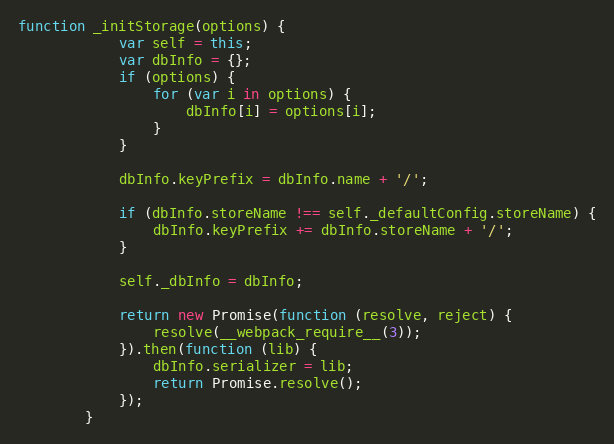
Language: JavaScript
function _initStorage(options) {
	        var self = this;
	        var dbInfo = {};
	        if (options) {
	            for (var i in options) {
	                dbInfo[i] = options[i];
	            }
	        }

	        dbInfo.keyPrefix = dbInfo.name + '/';

	        if (dbInfo.storeName !== self._defaultConfig.storeName) {
	            dbInfo.keyPrefix += dbInfo.storeName + '/';
	        }

	        self._dbInfo = dbInfo;

	        return new Promise(function (resolve, reject) {
	            resolve(__webpack_require__(3));
	        }).then(function (lib) {
	            dbInfo.serializer = lib;
	            return Promise.resolve();
	        });
	    }